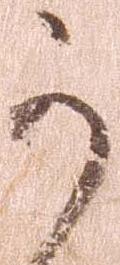
か